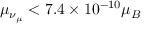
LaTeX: \mu _ { \nu _ { \mu } } < 7 . 4 \times 1 0 ^ { - 1 0 } \mu _ { B }